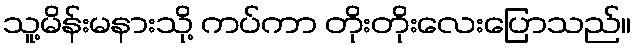
သူ့မိန်းမနားသို့ ကပ်ကာ တိုးတိုးလေးပြောသည်။